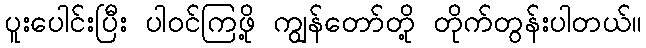
ပူးပေါင်းပြီး ပါဝင်ကြဖို့ ကျွန်တော်တို့ တိုက်တွန်းပါတယ်။